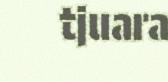
tjuara